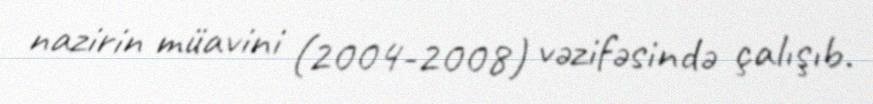
nazirin müavini (2004-2008) vəzifəsində çalışıb.